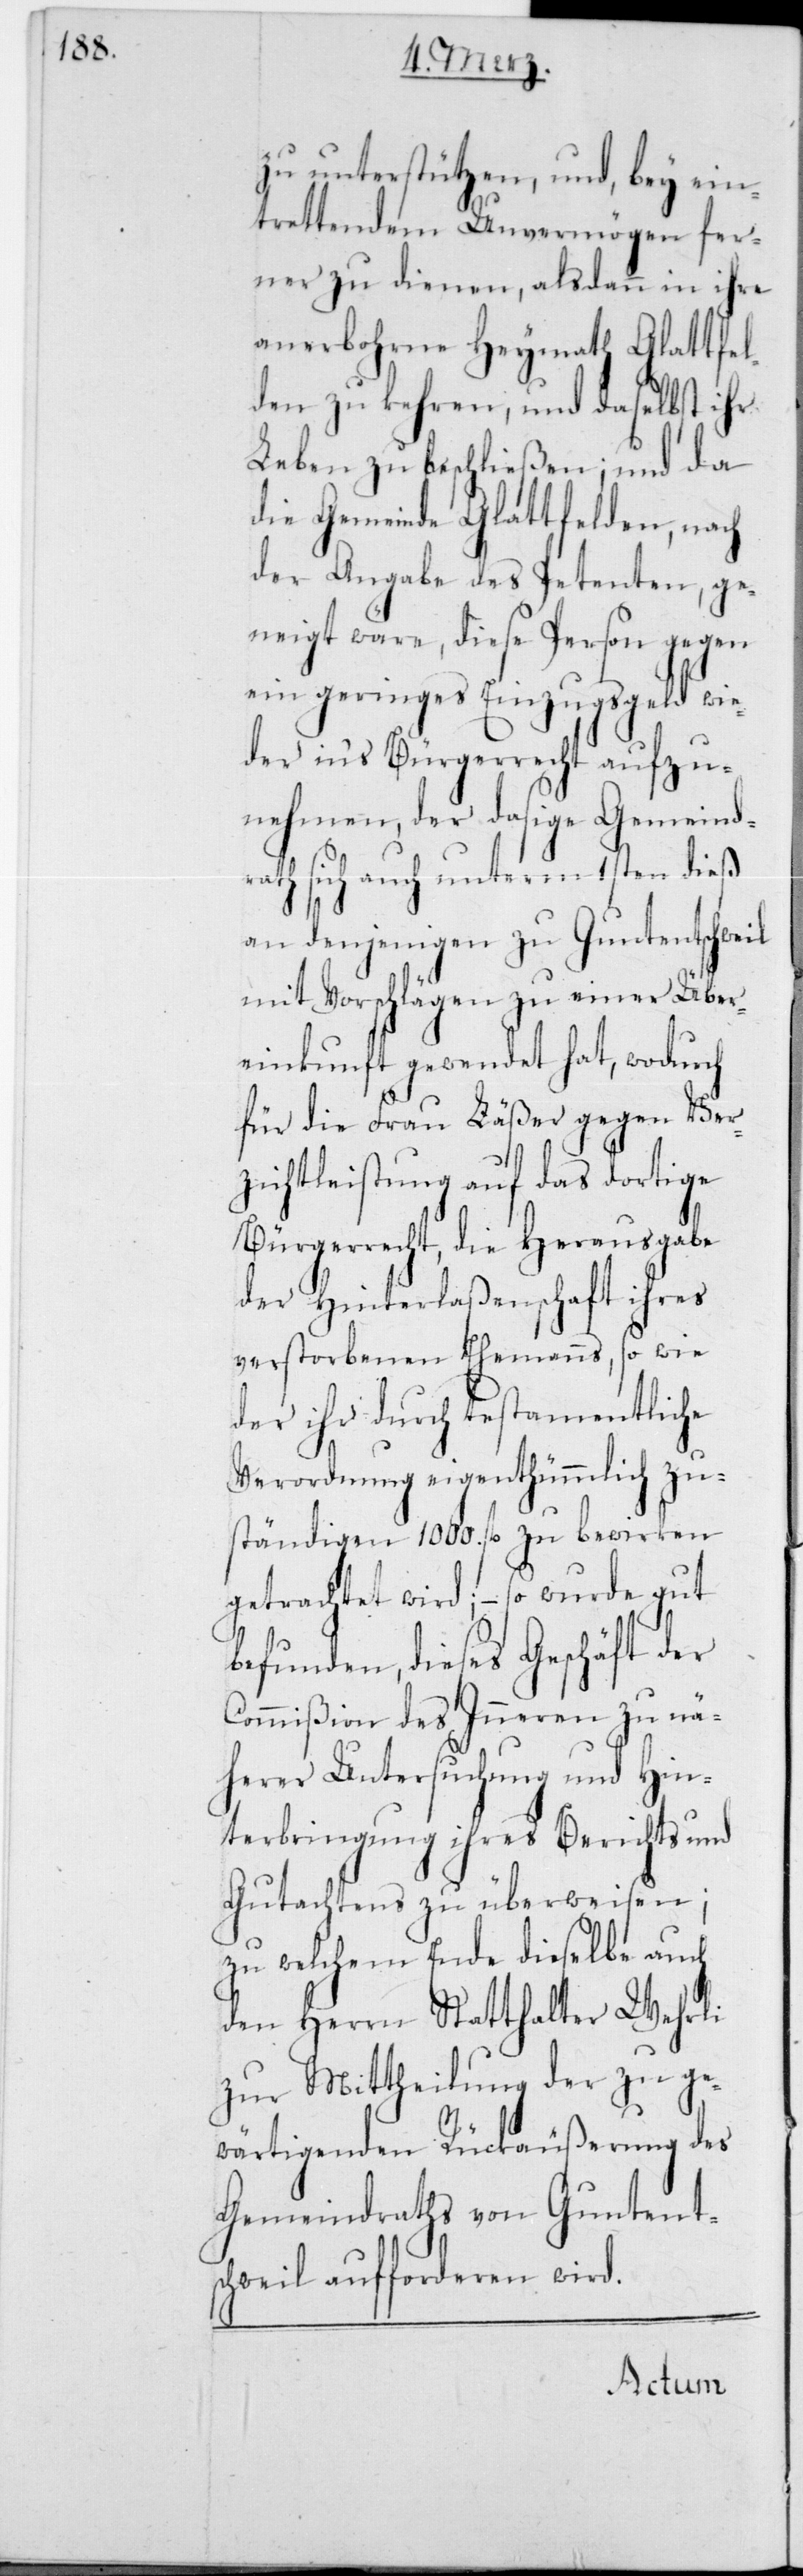
zu unterstützen, und bei ein¬
trettendem Unvermögen fer¬
ner zu dienen, alsdann in ihre
anerbohrne Heymath Glattfel¬
den zu kehren, und daselbst ihr
Leben zu beschließen; und da
die Gemeinde Glattfelden, nach
der Angabe des Petenten, ge¬
neigt wäre, diese Person gegen
ein geringes Einzugsgeld wie¬
der ins Bürgerrecht aufzu¬
nehmen, der dasige Gemeind¬
rath sich auch unterm 1sten dieß
an denjenigen zu Guntentschweil
mit Vorschlägen zu einer Über¬
einkunft gewendet hat, wodurch
für die Frau Läßer gegen Ver¬
zichtleistung auf das dortige
Bürgerrecht, die Herausgabe
der Hinterlaßenschaft ihres
verstorbenen Ehemanns, so wie
der ihr durch testamentliche
Verordnung eigentümmlich zu¬
ständigen 1000 fl. zu bewirken
getrachtet wird; – so wurde gut
befunden, dieses Geschäft der
Commißion des Innern zu nä¬
herer Untersuchung und Hin¬
terbringung ihres Berichts und
Gutachtens zu überweisen;
zu welchem Ende dieselbe auch
den Herrn Statthalter Wehrli
zur Mittheilung der zu ge¬
wärtigenden Rückäußerung des
Gemeindraths von Guntent¬
schweil aufforderen wird.